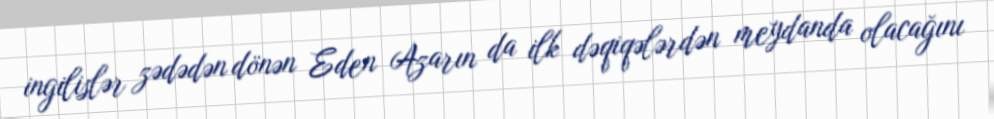
ingilislər zədədən dönən Eden Azarın da ilk dəqiqələrdən meydanda olacağını